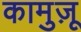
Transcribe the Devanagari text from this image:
कामुज़ू